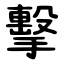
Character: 擊